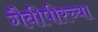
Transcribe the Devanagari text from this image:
गैबीपीरच्या